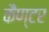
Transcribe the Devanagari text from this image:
कैण्टर